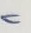
=